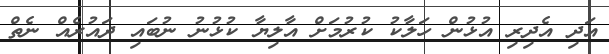
އަދި އެދިރި އުޅުން ހަލާކު ކުރުމަށް އާލިޔާ ކުޅުނު ނުބައި ދައުރެއް ނެތް